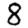
Digit: 8